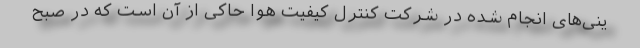
ینی‌های انجام‌ شده در شرکت کنترل کیفیت هوا حاکی از آن است که در صبح